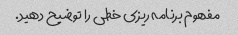
مفهوم برنامه ریزی خطی را توضیح دهید.